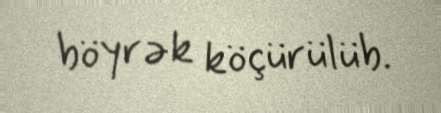
böyrək köçürülüb.